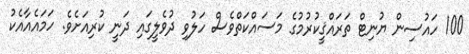
100 ހައުސިން ޔުނިޓް ތަރައްޤީކުރުމުގެ މަސައްކަތްވެސް ހަލުވި ދުވެލީގައި ދަނީ ކުރިއަށެވެ. ހަމައެއާއެކު